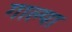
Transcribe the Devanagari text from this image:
गाल्पा